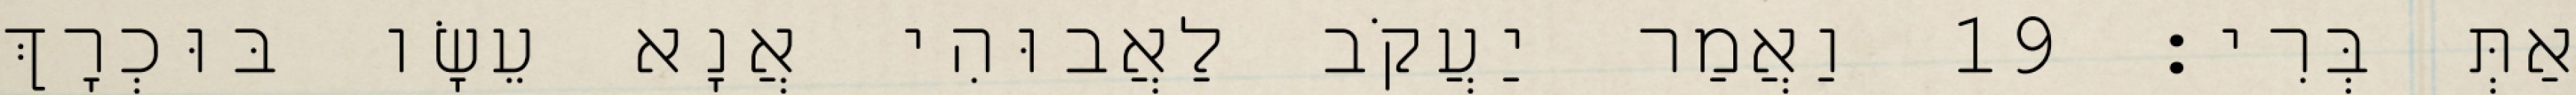
אַתְּ בְּרִי׃ 19 וַאֲמַר יַעֲקֹב לַאֲבוּהִי אֲנָא עֵשָׂו בּוּכְרָךְ